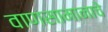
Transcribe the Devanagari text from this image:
वाणसामानाचे